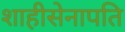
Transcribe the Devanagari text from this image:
शाहीसेनापति